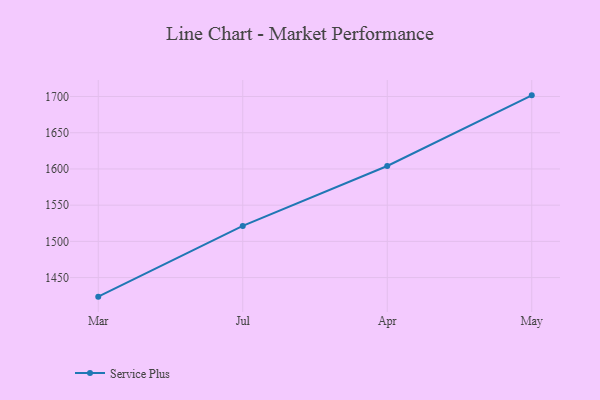
{"axis": {"x": "Month", "y": "Page Views"}, "legend": ["Service Plus"], "data": [{"x": "Mar", "y": 1423.7, "type": "Service Plus"}, {"x": "Jul", "y": 1521.4, "type": "Service Plus"}, {"x": "Apr", "y": 1604.1, "type": "Service Plus"}, {"x": "May", "y": 1701.6, "type": "Service Plus"}]}